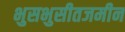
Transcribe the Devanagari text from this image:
भुसभुसीतजमीन